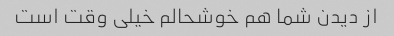
از دیدن شما هم خوشحالم خیلی وقت است